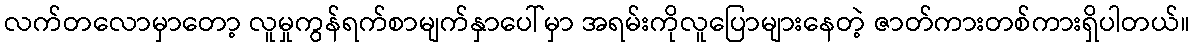
လက်တလောမှာတော့ လူမှုကွန်ရက်စာမျက်နှာပေါ်မှာ အရမ်းကိုလူပြောများနေတဲ့ ဇာတ်ကားတစ်ကားရှိပါတယ်။